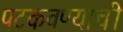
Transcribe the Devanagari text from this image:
पटकवण्याची